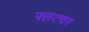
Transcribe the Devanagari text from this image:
फ्लत्चर